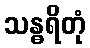
သန္ဓရိတုံ